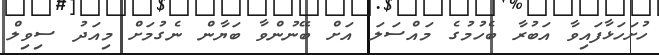
ހުށަހަޅާފައިވާ އަބުރާ ބެހުމުގެ މައްސަލަ އަށް ބޭނުންވާ ބަޔާން ނެގުމަށް މިއަދު ސިވިލް